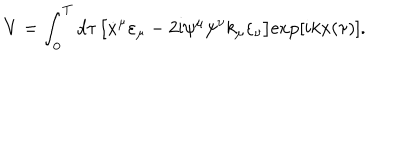
V = \int _ { 0 } ^ { T } d \tau \, \bigl [ \dot { x } ^ { \mu } \varepsilon _ { \mu } - 2 \mathrm { i } \psi ^ { \mu } \psi ^ { \nu } k _ { \mu } \varepsilon _ { \nu } \bigr ] \mathrm { e x p } [ i k x ( { \tau } ) ] .